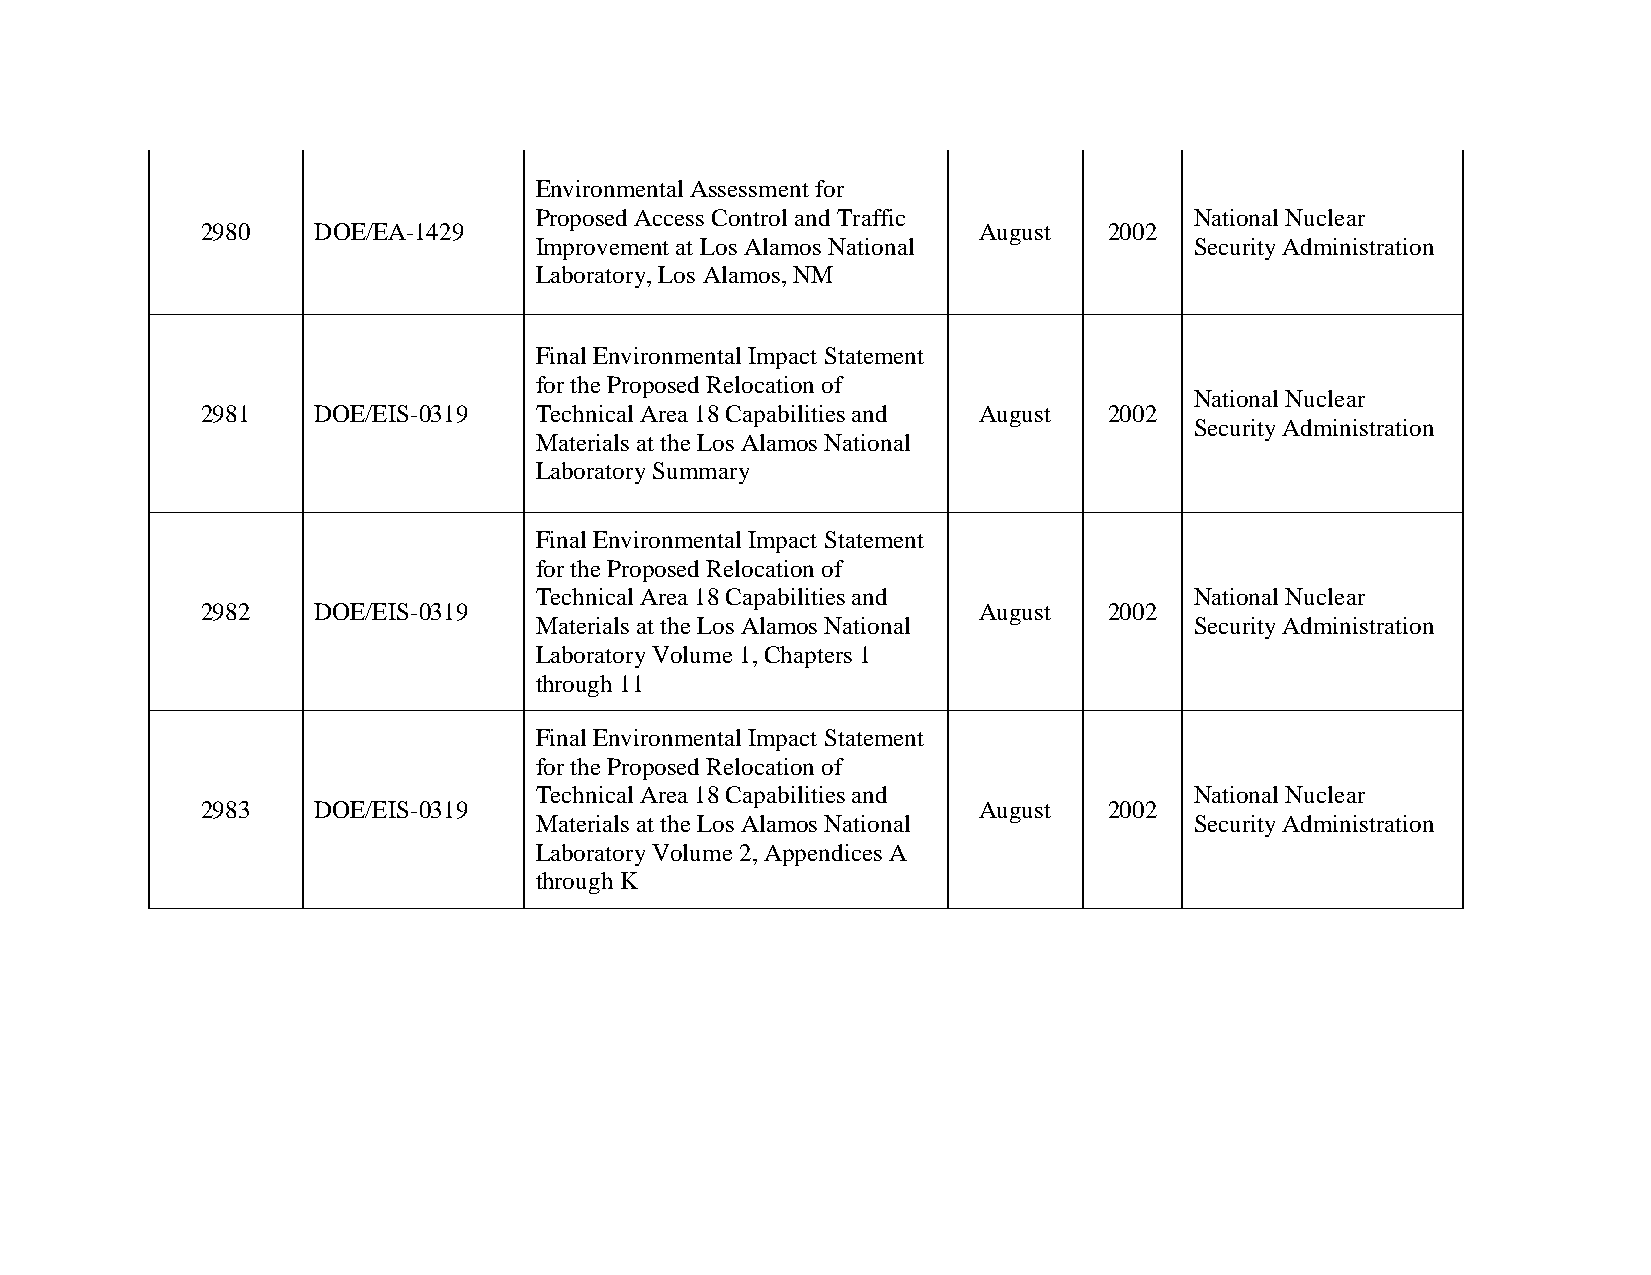
Environmental Assessment for
 Proposed Access Control and Traffic         National Nuclear
 2980    DOE/EA-1429                                 August  2002
 Improvement at Los Alamos National          Security Administration
 Laboratory, Los Alamos, NM
 Final Environmental Impact Statement
 for the Proposed Relocation of
 National Nuclear
 2981    DOE/EIS-0319  Technical Area 18 Capabilities and August 2002
 Security Administration
 Materials at the Los Alamos National
 Laboratory Summary
 Final Environmental Impact Statement
 for the Proposed Relocation of
 Technical Area 18 Capabilities and          National Nuclear
 2982    DOE/EIS-0319                                August  2002
 Materials at the Los Alamos National        Security Administration
 Laboratory Volume 1, Chapters 1
 through 11
 Final Environmental Impact Statement
 for the Proposed Relocation of
 Technical Area 18 Capabilities and          National Nuclear
 2983    DOE/EIS-0319                                August  2002
 Materials at the Los Alamos National        Security Administration
 Laboratory Volume 2, Appendices A
 through K